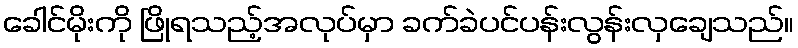
ခေါင်မိုးကို ဖြိုရသည့်အလုပ်မှာ ခက်ခဲပင်ပန်းလွန်းလှချေသည်။